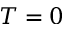
T = 0